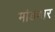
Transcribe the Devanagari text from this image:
मांडणार